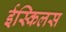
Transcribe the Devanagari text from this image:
ईस्किलस